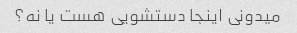
میدونی اینجا دستشویی هست یا نه؟